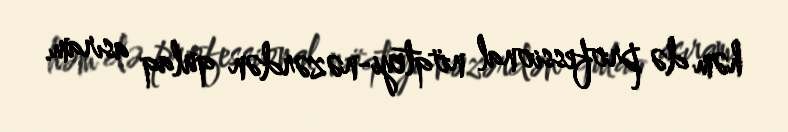
həm də professional nöqteyi-nəzərdən qulaq asıram.